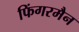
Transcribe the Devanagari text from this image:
फिंगरमैन